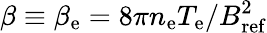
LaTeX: \beta\equiv\beta_{\mathrm{e}}=8\pi n_{\mathrm{e}}T_{\mathrm{e}}/B_{\mathrm{ref}}^{2}